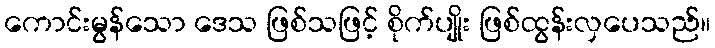
ကောင်းမွန်သော ဒေသ ဖြစ်သဖြင့် စိုက်ပျိုး ဖြစ်ထွန်းလှပေသည်။